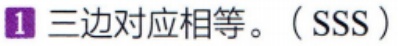
1 三边对应相等。（SSS）